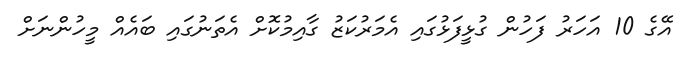
އޭގެ 10 އަހަރު ފަހުން ގުޅީފަޅުގައި އެމަރުކަޒު ގާއިމުކޮށް އެތަނުގައި ބައެއް މީހުންނަށް